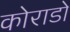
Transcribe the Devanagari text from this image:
कोराडो